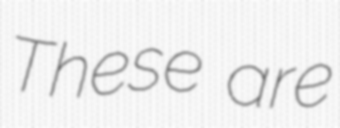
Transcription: These are